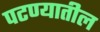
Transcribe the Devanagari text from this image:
पटण्यातील